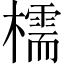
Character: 檽